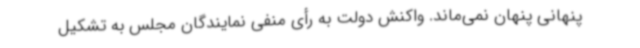
پنهانی پنهان نمی‌ماند. واکنش دولت به رأی منفی نمایندگان مجلس به تشکیل